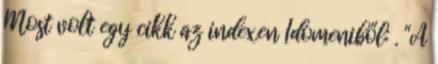
Most volt egy cikk az indexen Idomeniből: . "A